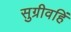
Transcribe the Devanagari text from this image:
सुग्रीवहिं